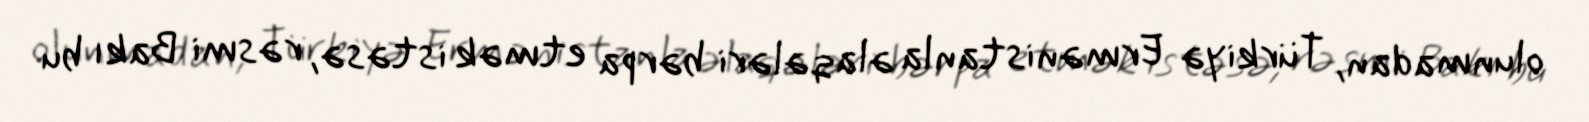
olunmadan, Türkiyə Ermənistanla əlaqələri bərpa etmək istəsə, rəsmi Bakı bu